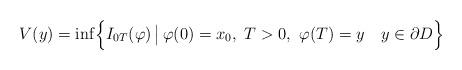
LaTeX: \begin{align*}V(y) = \inf \Bigl\{ I_{0T}(\varphi) \, \bigl\vert \, \varphi(0) = x_0, \,\, T > 0, \,\, \varphi(T) = y \,\,\, \,\,\, y \in \partial D \Bigr\} \end{align*}